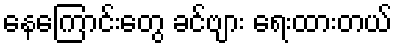
နေကြောင်းတွေ ခင်ဗျား ရေးထားတယ်